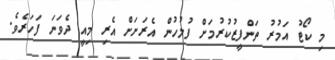
މި ކޯޓު އަމުރު ތަންފީޒުކުރުމަށް ފުލުހުން އެރަށަށް އެރި މިއީ ދެވަނަ ފަހަރެވެ.